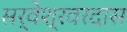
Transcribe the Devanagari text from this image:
सर्वेश्रवरदास